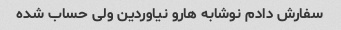
سفارش دادم نوشابه هارو نیاوردین ولی حساب شده